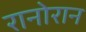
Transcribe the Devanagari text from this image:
रानोरान